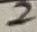
Text: 2